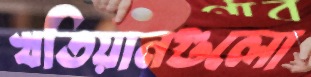
খতিয়ানগুলো